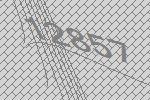
12857